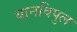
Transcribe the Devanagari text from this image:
यानविपुल